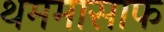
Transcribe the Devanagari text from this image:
थममासाफ